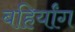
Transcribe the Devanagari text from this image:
बहिर्यांग